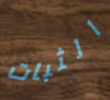
الثبات